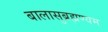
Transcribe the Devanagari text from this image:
बालासुब्रह्मण्यम